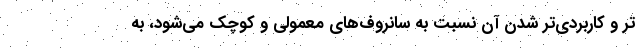
تر و کاربردی‌تر شدن آن نسبت به سانروف‌های معمولی و کوچک می‌شود، به